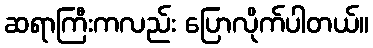
ဆရာကြီးကလည်း ပြောလိုက်ပါတယ်။